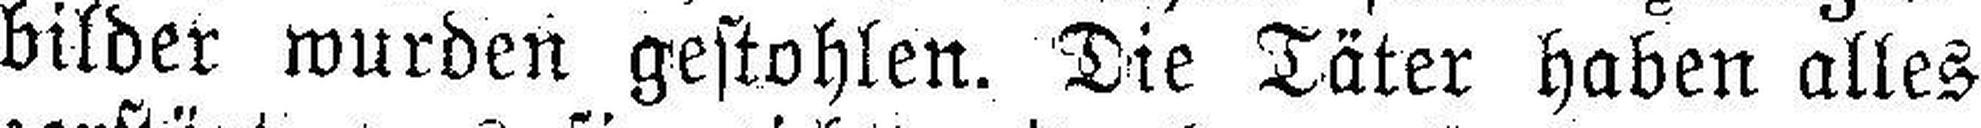
bilder wurden gestohlen. Die Täter haben alles